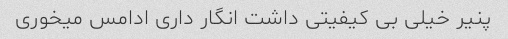
پنیر خیلی بی کیفیتی داشت انگار داری ادامس میخوری